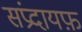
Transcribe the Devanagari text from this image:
संप्रदायफ़